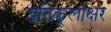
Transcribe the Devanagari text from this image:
प्रतिकूलाक्षर